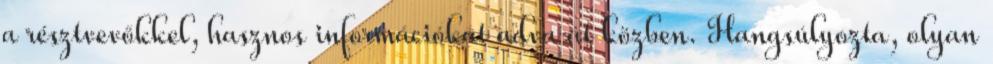
a résztvevőkkel, hasznos információkat adva át közben. Hangsúlyozta, olyan